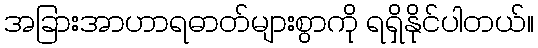
အခြားအာဟာရဓာတ်များစွာကို ရရှိနိုင်ပါတယ်။